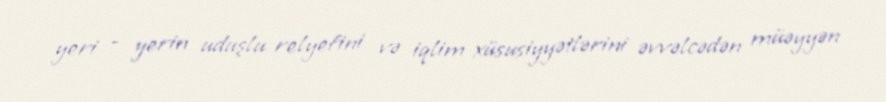
yeri – yerin uduşlu relyefini və iqlim xüsusiyyətlərini əvvəlcədən müəyyən